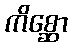
ကိစ္ဆော